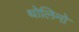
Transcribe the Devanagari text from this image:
थोलिनो